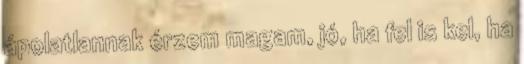
ápolatlannak érzem magam, jó, ha fel is kel, ha